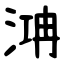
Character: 㴂